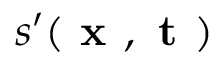
s ^ { \prime } ( \textbf { x } , \textbf { t } )